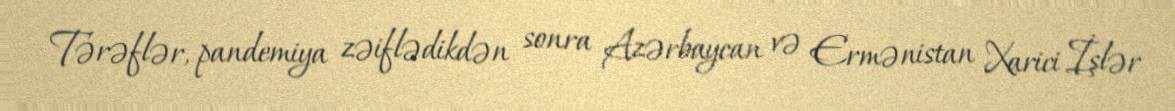
Tərəflər, pandemiya zəiflədikdən sonra Azərbaycan və Ermənistan Xarici İşlər